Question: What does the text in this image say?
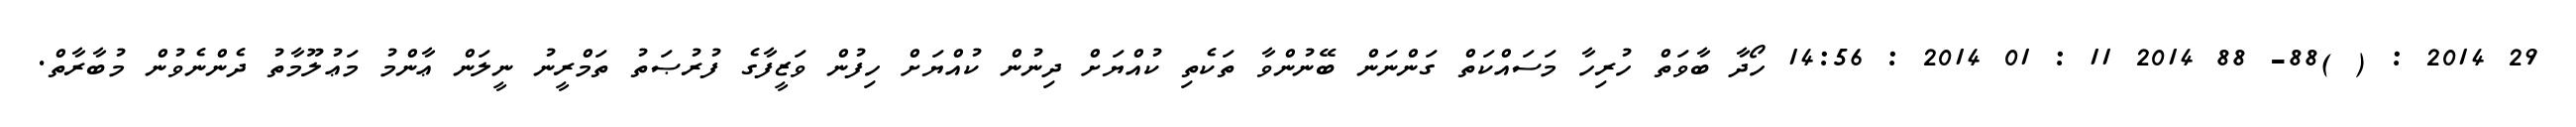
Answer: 29 2014 : ( )88- 88 2014 11 : 01 2014 : 14:56 ހޯދާ ބާވަތް ހުރިހާ މަސައްކަތް ގަންނަން ބޭނުންވާ ތަކެތި ކުއްޔަށް ދިނުން ކުއްޔަށް ހިފުން ވަޒީފާގެ ފުރުޞަތު ތަމްރީނު ނީލަން ޢާންމު މަޢުލޫމާތު ދެންނެވުން މުބާރާތް.